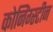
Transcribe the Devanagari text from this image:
कोनिंग्स्टीन